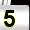
Digit: 5